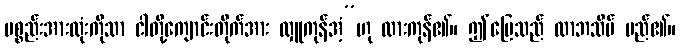
ပစ္စည်းအားလုံးကိုသာ ငါတို့ကျောင်းတိုက်အား လှူကုန်အံ့”ဟု ထားကုန်၏။ ဤမြေသည် လာဘသိမ် မည်၏။